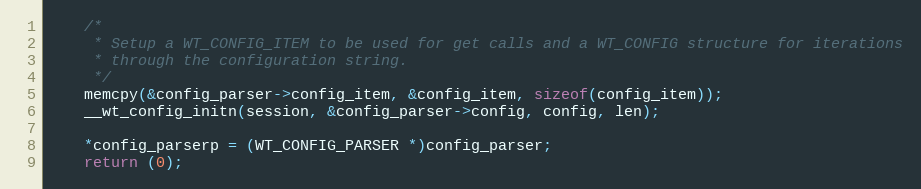
Language: C
    /*
     * Setup a WT_CONFIG_ITEM to be used for get calls and a WT_CONFIG structure for iterations
     * through the configuration string.
     */
    memcpy(&config_parser->config_item, &config_item, sizeof(config_item));
    __wt_config_initn(session, &config_parser->config, config, len);

    *config_parserp = (WT_CONFIG_PARSER *)config_parser;
    return (0);